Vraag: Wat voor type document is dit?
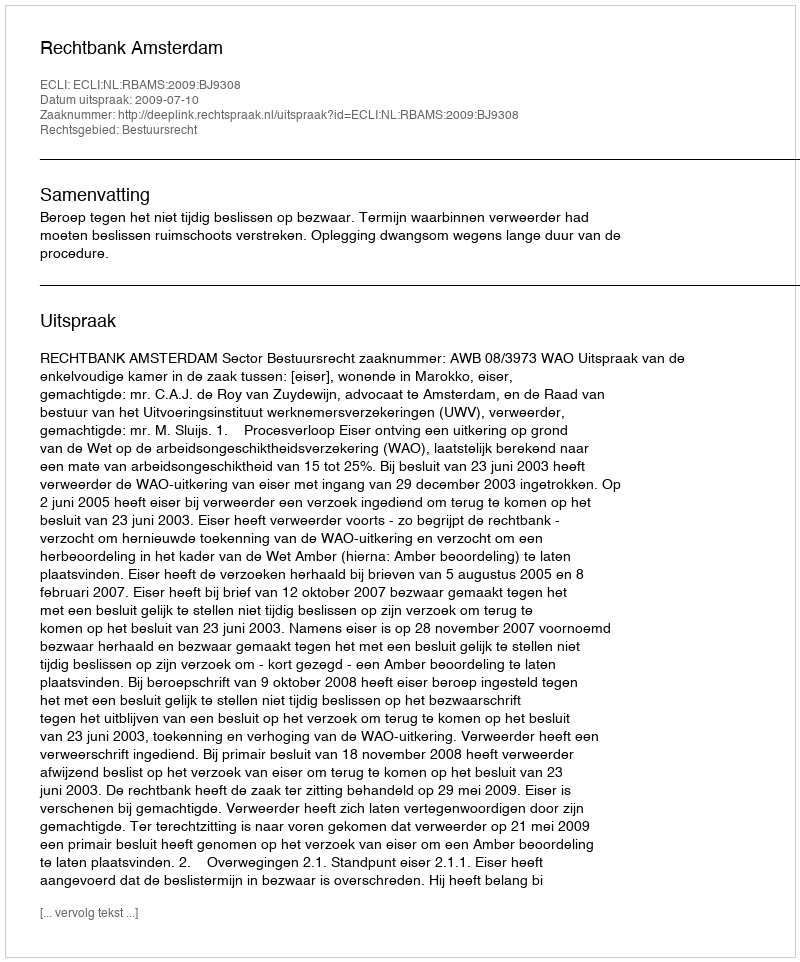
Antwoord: Uitspraak